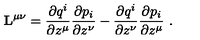
{ \bf L } ^ { \mu \nu } = \frac { \partial q ^ { i } } { \partial z ^ { \mu } } \frac { \partial p _ { i } } { \partial z ^ { \nu } } - \frac { \partial q ^ { i } } { \partial z ^ { \nu } } \frac { \partial p _ { i } } { \partial z ^ { \mu } } \ .